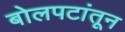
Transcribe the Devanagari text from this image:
बोलपटांतून